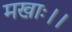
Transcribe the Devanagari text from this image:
मखाः।।